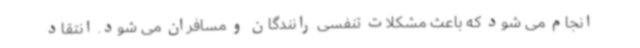
انجام می شود که باعث مشکلات تنفسی رانندگان و مسافران می شود. انتقاد